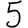
Digit: 5